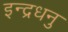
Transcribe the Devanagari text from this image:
इन्द्रधनु